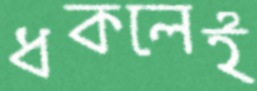
ধকলেই